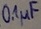
Text: 0,1µF